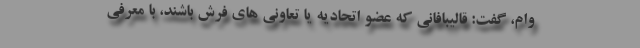
وام، گفت: قالیبافانی که عضو اتحادیه یا تعاونی های فرش باشند، با معرفی